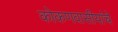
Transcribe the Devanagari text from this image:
कोकणवासीयांचे